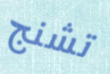
تشنج